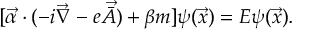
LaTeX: [ \vec { \alpha } \cdot ( - i \vec { \nabla } - e \vec { \bar { A } } ) + \beta m ] \psi ( \vec { x } ) = E \psi ( \vec { x } ) .